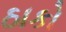
ઠાકો